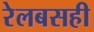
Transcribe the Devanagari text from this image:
रेलबसही